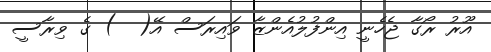
އޫރު ރޯގާ ޖެހެނީ އިންފުލުއެންޒާ ވައިރަސް އޭ(  ) ގެ ވިރާސީ